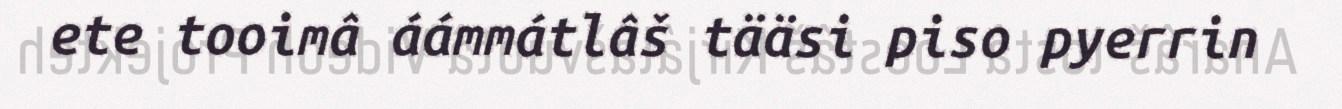
ete tooimâ áámmátlâš tääsi piso pyerrin